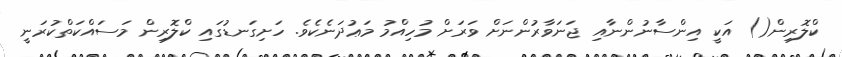
ކްލޮރިން() އަކީ އިންސާނުންނާއި ޖަނަވާރުންނަށް ވަރަށް މުހިއްމު މަޢުދަނެކެވެ. ހަށިގަނޑުގައި ކްލޮރިން މަސައްކަތްކުރަނީ